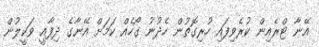
އޭނާ ޓްރެއިން ކުރެވިފައި ހުރިގޮތުން ހެދުނު ގޯހެއް ކަމަށް އޭނާގެ ދިފާއީ ވަކީލުން